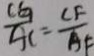
\frac { C G } { A C } = \frac { C F } { A F }